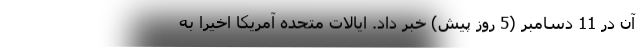
آن در 11 دسامبر (5 روز پیش) خبر داد. ایالات متحده آمریکا اخیرا به